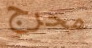
محرج